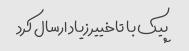
پیک با تاخییر زیاد ارسال کرد